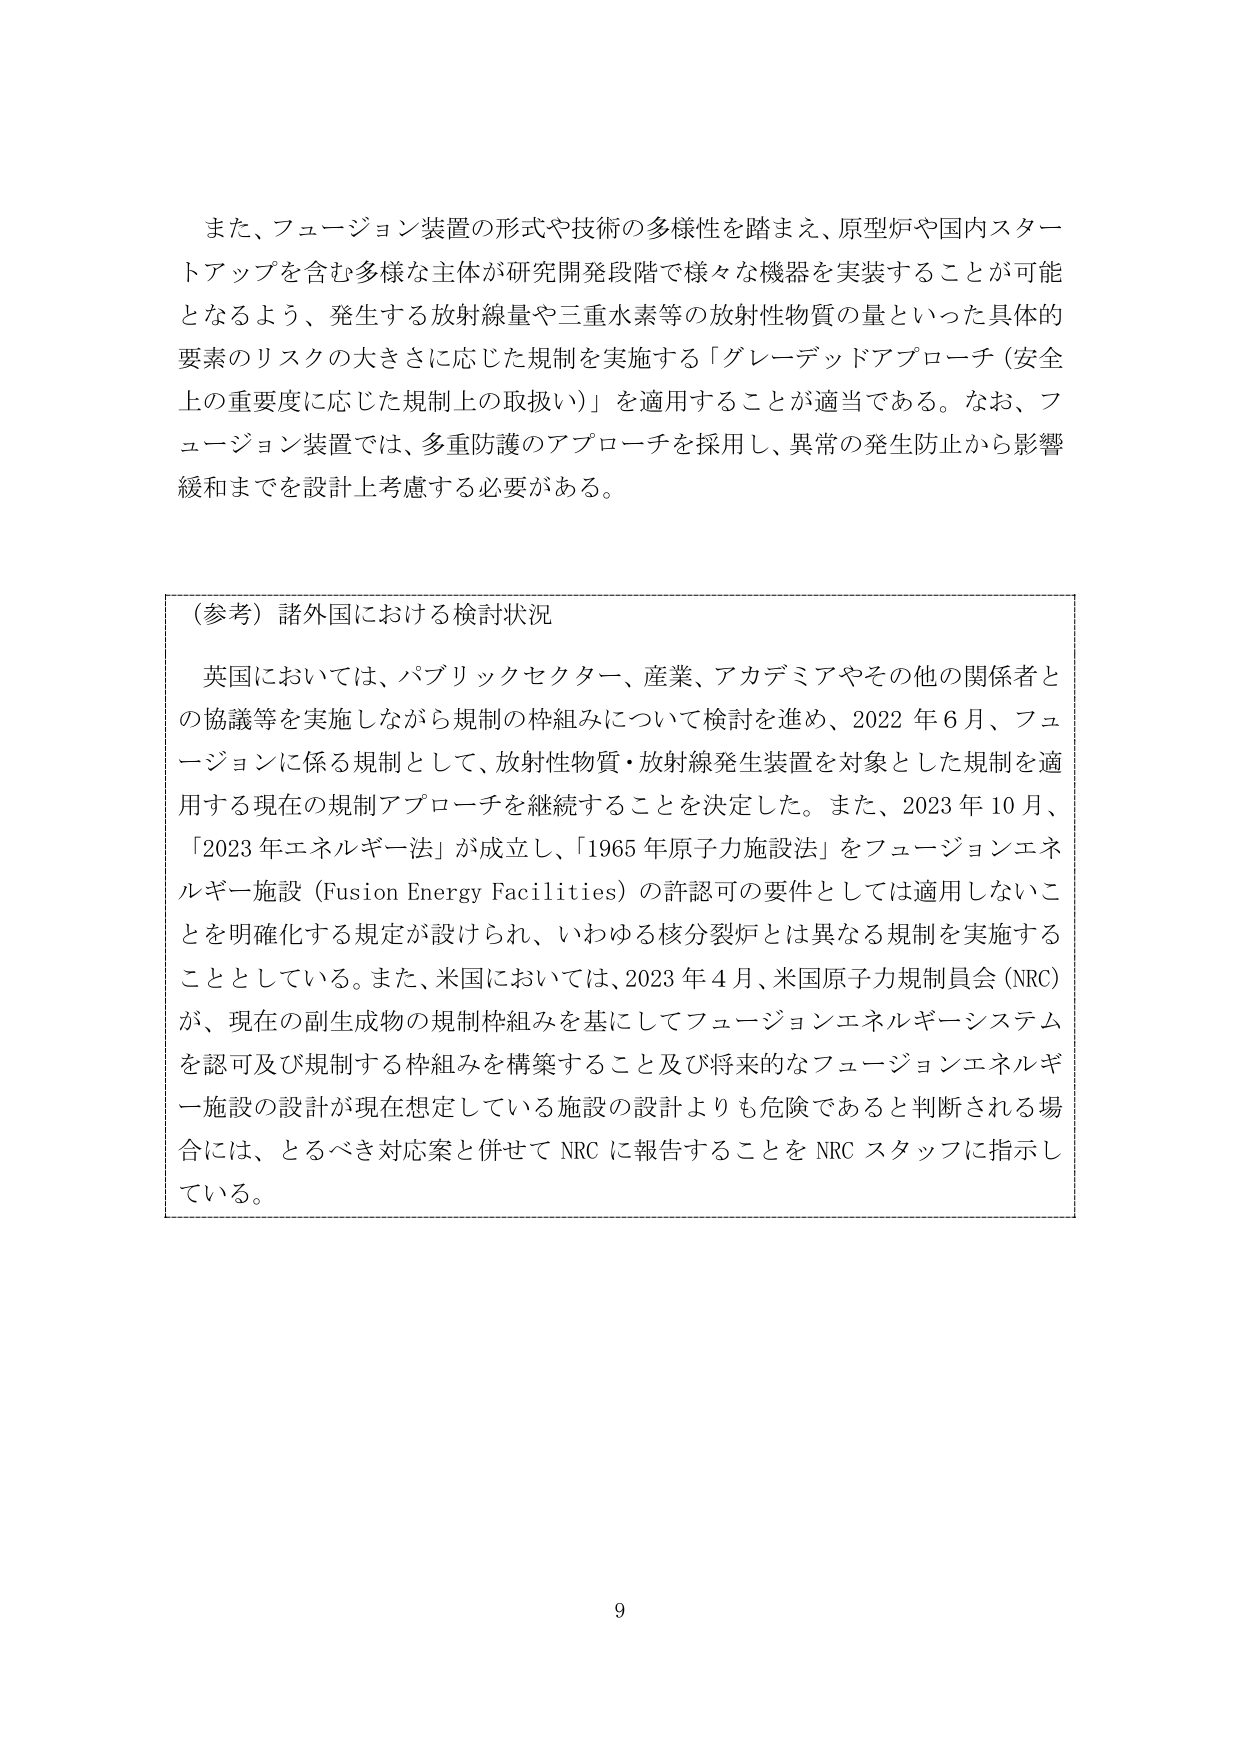
また、フュージョン装置の形式や技術の多様性を踏まえ、原型炉や国内スタートアップを含む多様な主体が研究開発段階で様々な機器を実装することが可能となるよう、発生する放射線量や三重水素等の放射性物質の量といった具体的要素のリスクの大きさに応じた規制を実施する「グレーデッドアプローチ（安全上の重要度に応じた規制上の取扱い）」を適用することが適当である。なお、フュージョン装置では、多重防護のアプローチを採用し、異常の発生防止から影響緩和までを設計上考慮する必要がある。

（参考）諸外国における検討状況

英国においては、パブリックセクター、産業、アカデミアやその他の関係者との協議等を実施しながら規制の枠組みについて検討を進め、2022年6月、フュージョンに係る規制として、放射性物質・放射線発生装置を対象とした規制を適用する現在の規制アプローチを継続することを決定した。また、2023年10月、「2023年エネルギー法」が成立し、「1965年原子力施設法」をフュージョンエネルギー施設（Fusion Energy Facilities）の許認可の要件としては適用しないことを明確化する規定が設けられ、いわゆる核分裂炉とは異なる規制を実施することとしている。また、米国においては、2023年4月、米国原子力規制委員会（NRC）が、現在の副生成物の規制枠組みを基にしてフュージョンエネルギーシステムを認可及び規制する枠組みを構築すること及び将来的なフュージョンエネルギー施設の設計が現在想定している施設の設計よりも危険であると判断される場合には、とるべき対応案と併せてNRCに報告することをNRCスタッフに指示している。

9